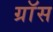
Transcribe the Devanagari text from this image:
ग्राॅस